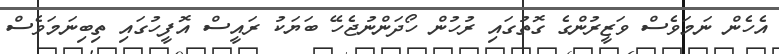
އެހެން ނަމަވެސް ވަޒީރުންގެ ގޮތުގައި ރުހުން ހޯދަންނުޖެހޭ ބަޔަކު ރައީސް އޮފީހުގައި ތިބިނަމަވެސް